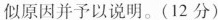
似原因并予以说明。(12分)